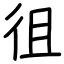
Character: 徂